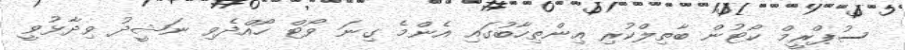
ސުޕްރީމް ކޯޓުން ބާތިލްކުރި އިންތިހާބުގައި އެންމެ ގިނަ ވޯޓް ހޯއްދެވި ނަޝީދު ވިދާޅުވީ